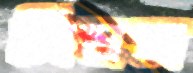
পিষস